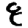
Digit: 8